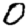
Digit: 0